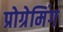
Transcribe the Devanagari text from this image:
प्रोग्रेमिंग